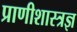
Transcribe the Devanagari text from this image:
प्राणीशास्त्रज्ञ